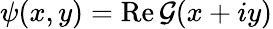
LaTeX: \psi(x,y)=\textrm{Re}\, \mathcal{G}(x+iy)